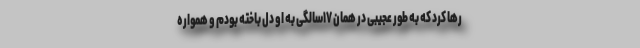
رها کرد که به طور عجیبی در همان ۱۷سالگی به او دل باخته بودم و همواره